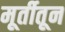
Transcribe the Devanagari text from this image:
मूर्तीतून